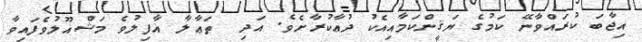
އިޖާބަ ކުރައްވާނޭ ކަމުގެ ޔަޤީންކަމާއިއެކު ދުޢާކުރާށެވެ. އަދި  ތަޢާލާ ޣާފިލުވެ މަޝްޣޫލުވެފައިވާ